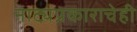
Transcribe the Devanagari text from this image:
नाट्यप्रकाराचेही